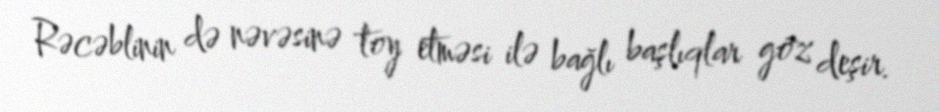
Rəcəblinin də nəvəsinə toy etməsi ilə bağlı başlıqlar göz deşir.